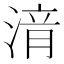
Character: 湇